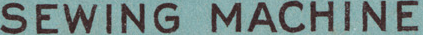
SEWING MACHINE